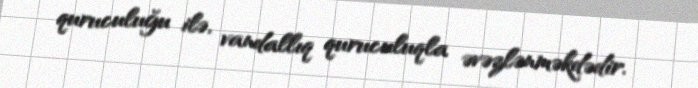
quruculuğu ilə, vandallıq quruculuqla əvəzlənməkdədir.